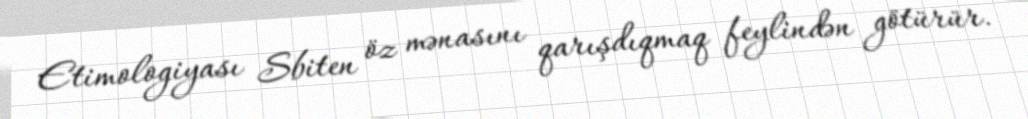
Etimologiyası Sbiten öz mənasını qarışdıqmaq feylindən götürür.